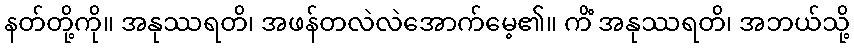
နတ်တို့ကို။ အနုဿရတိ၊ အဖန်တလဲလဲအောက်မေ့၏။ ကိံ အနုဿရတိ၊ အဘယ်သို့